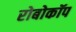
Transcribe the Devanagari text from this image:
रोबोकॉप